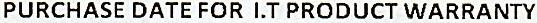
PURCHASE DATE FOR I.T PRODUCT WARRANTY